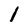
Character: 1